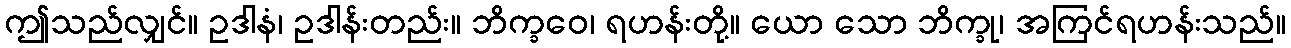
ဤသည်လျှင်။ ဥဒါနံ၊ ဥဒါန်းတည်း။ ဘိက္ခဝေ၊ ရဟန်းတို့။ ယော သော ဘိက္ခု၊ အကြင်ရဟန်းသည်။